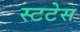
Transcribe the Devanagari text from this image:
स्टटेस